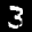
Label: 3